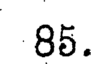
85.